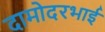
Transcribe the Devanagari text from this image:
दामोदरभाई